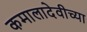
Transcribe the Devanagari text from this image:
कमालादेवीच्या